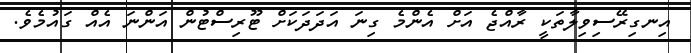
އިނގިރޭސިވިލާތަކީ ރާއްޖެ އަށް އެންމެ ގިނަ އަދަދަކަށް ޓޫރިސްޓުން އަންނަ އެއް ގައުމެވެ.